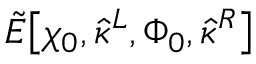
\tilde { E } \big [ \chi _ { 0 } , \hat { \kappa } ^ { L } , \Phi _ { 0 } , \hat { \kappa } ^ { R } \big ]